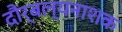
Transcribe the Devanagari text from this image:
दौर्बल्यनाशक